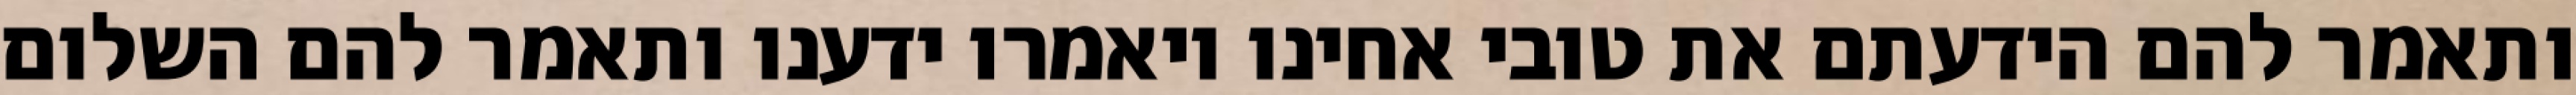
ותאמר להם הידעתם את טובי אחינו ויאמרו ידענו ותאמר להם השלום